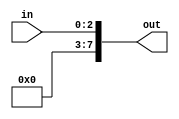
module ZeroExtend_2 (in, out);
  input [2:0] in;
  output [7:0] out;

  assign out = {5'b0000,in};
endmodule